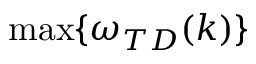
\operatorname* { m a x } \{ \omega _ { T D } ( k ) \}